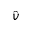
\hat { v }